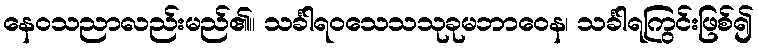
နေဝသညာလည်းမည်၏။ သင်္ခါရဝသေသသုခုမဘာဝေန၊ သင်္ခါရကြွင်းဖြစ်၍